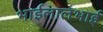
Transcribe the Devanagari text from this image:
भाईलालभाई